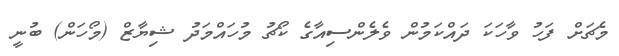
މެޗަށް ފަހު ވާހަކަ ދައްކަމުން ވެލެންސިއާގެ ކޯޗު މުހައްމަދު ޝިޔާޒް (މޯހަން) ބުނީ